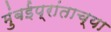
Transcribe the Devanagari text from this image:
मुंबईप्रांताच्या